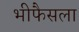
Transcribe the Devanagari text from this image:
भीफैसला